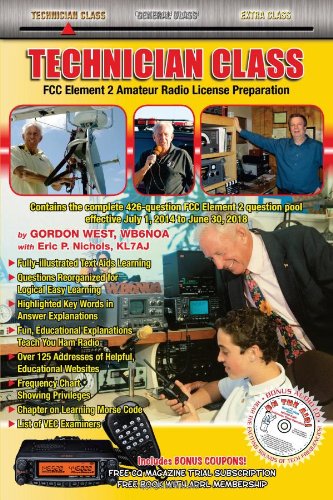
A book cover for Technician Class 2014-18 FCC Element 2 Radio License Preparation; Gordon West; Engineering & Transportation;